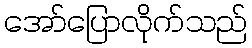
အော်ပြောလိုက်သည်